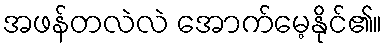
အဖန်တလဲလဲ အောက်မေ့နိုင်၏။